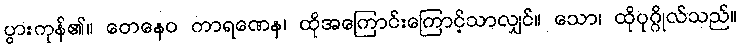
ပွားကုန်၏။ တေနေဝ ကာရဏေန၊ ထိုအကြောင်းကြောင့်သာလျှင်။ သော၊ ထိုပုဂ္ဂိုလ်သည်။